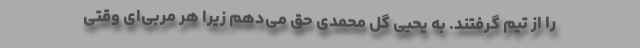
را از تیم گرفتند. به یحیی گل محمدی حق می‌دهم زیرا هر مربی‌ای وقتی